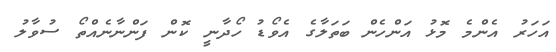
އަހަރު އެންމެ މޮޅު އަންހެން ބަތަލާގެ އެވޯޑު ހޯދާނީ ކޮން ފަންނާނެއްތޯ ސުވާލު